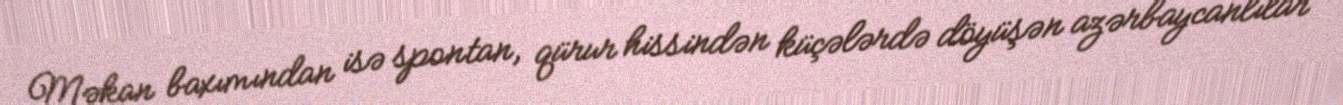
Məkan baxımından isə spontan, qürur hissindən küçələrdə döyüşən azərbaycanlılar